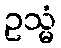
ဥသ္မံ